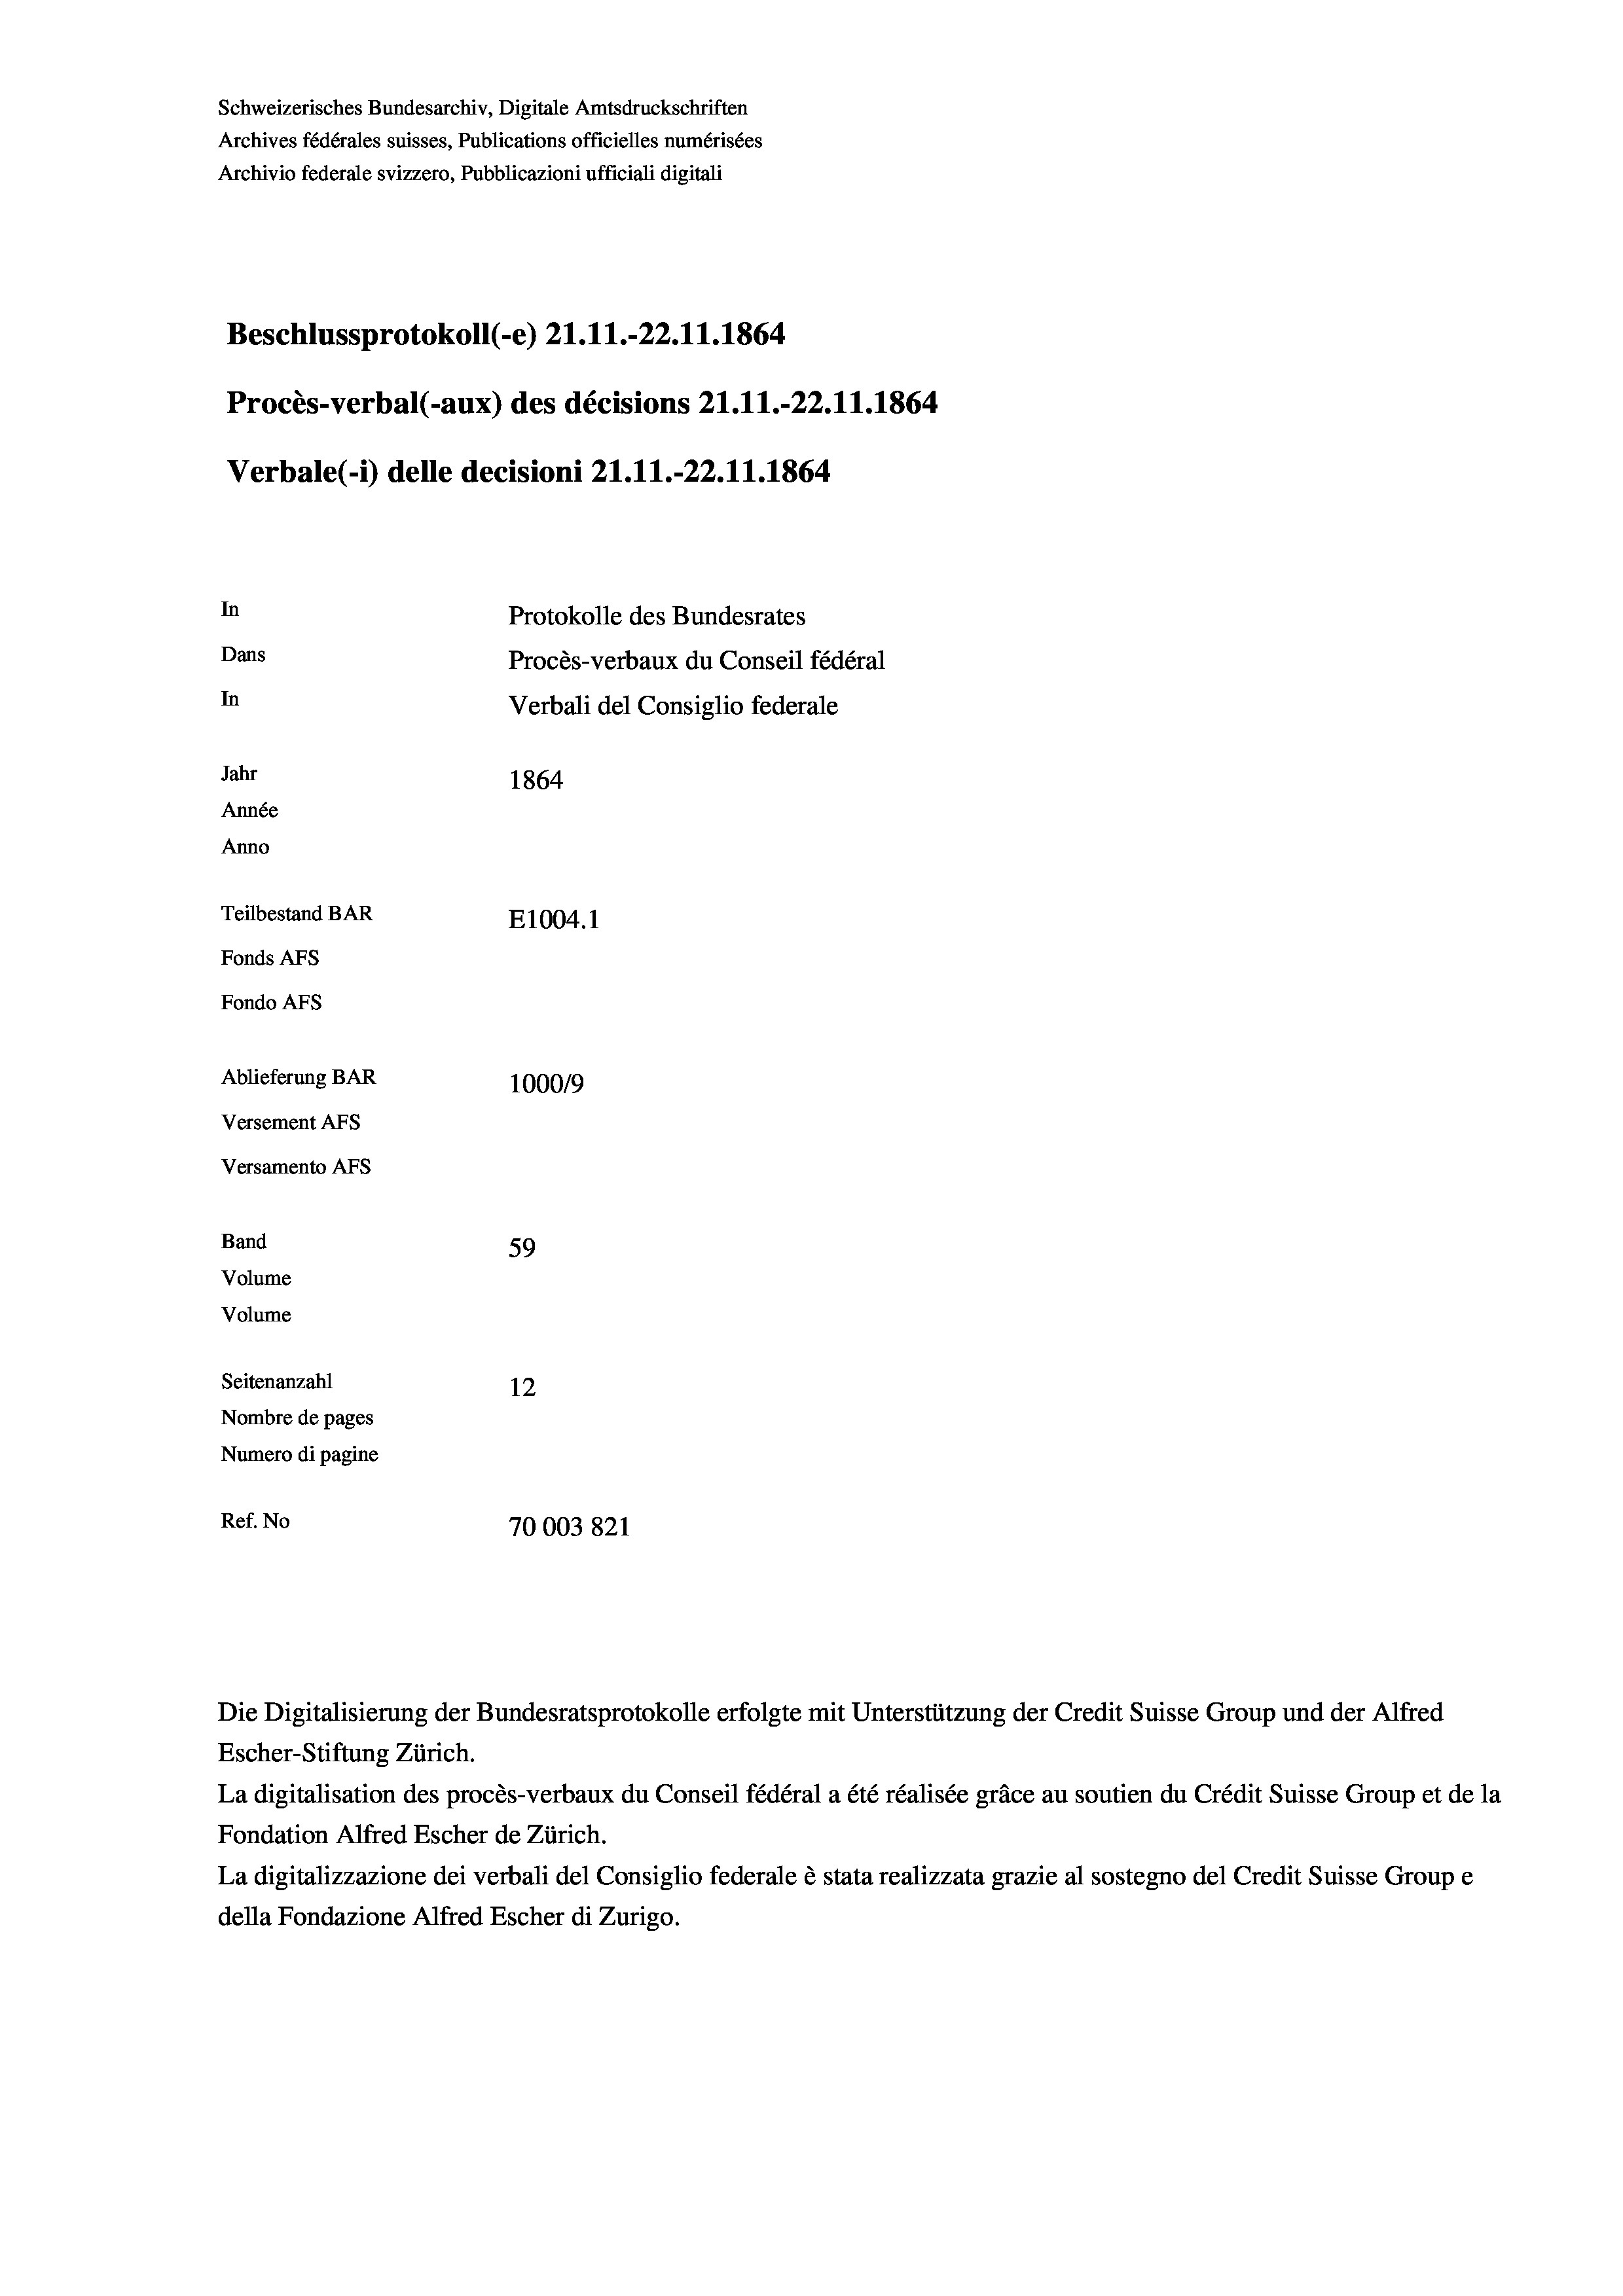
Schweizerisches Bundesarchiv, Digitale Amtsdruckschriften
Archives fédérales suisses, Publications officielles numérisées
Archivio federale svizzero, Pubblicazioni ufficiali digitali
Beschlussprotokoll (-e) 21.11.-22.11.1864
Procès-verbal (-aux) des décisions 21.11.-22.11.1864
Verbale(-*) delle decisioni 21.11.-22.11.1864
In
Protokolle des Bundesrates
Dans
Procès-verbaux du Conseil fédéral
In
Verbali del Consiglio federale
Jahr
1864
Année
Anno
Teilbestand BAR
E1004.1
Fonds AFs
Fondo AFS
Ablieferung BAR
1000/9
Versement As
Versamento AFs

59
12
Nombre de pages
Numero di pagine
Ref. No
70003821

Band
Volume
Volume
Seitenanzahl

Die Digitalisierung der Bundesratsprotokolle erfolgte mit Unterstützung der Credit Suisse Group und der Alfred
Escher-Stiftung Zürich.
La digitalisation des procès-verbaux du Conseil fédéral a été réalisée gräce au soutien du Crédit Suisse Group et de la
Fondation Alfred Escher de Zürich.
La digitalizzazione dei verbali del Consiglio federale è stata realizzata grazie al sostegno del Credit Suisse Groupe
della Fondazione Alfred Escher di Zurigo.